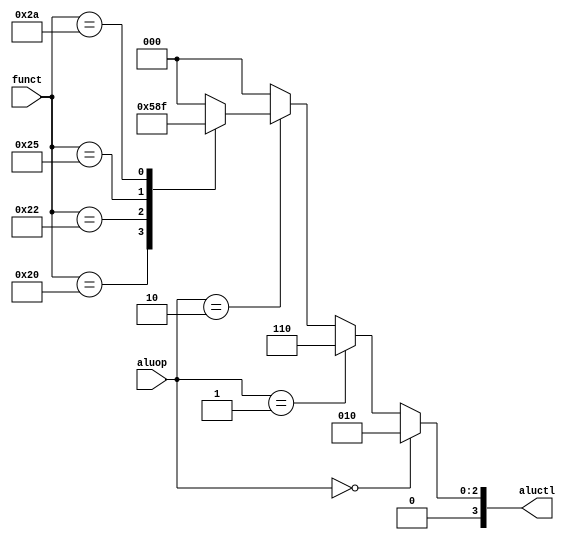
module AluCtl(funct,aluop,aluctl);
input [5:0] funct;
input [1:0] aluop;
output reg [3:0] aluctl;

always @ (aluop,funct)

if (aluop == 2'b00) //loads and stores 
 aluctl<=2;
else if (aluop==2'b01) //beq
 aluctl<=6;
else if (aluop==2'b10) //R-format
  begin
     case (funct)
	32:aluctl <= 2; //add
 	34:aluctl <= 6; //sub
	36:aluctl <= 0; //and
	37:aluctl <= 1; //or
	42:aluctl <= 7; //slt
	default:aluctl <= 0;
      endcase
  end
else
aluctl<=0;

endmodule